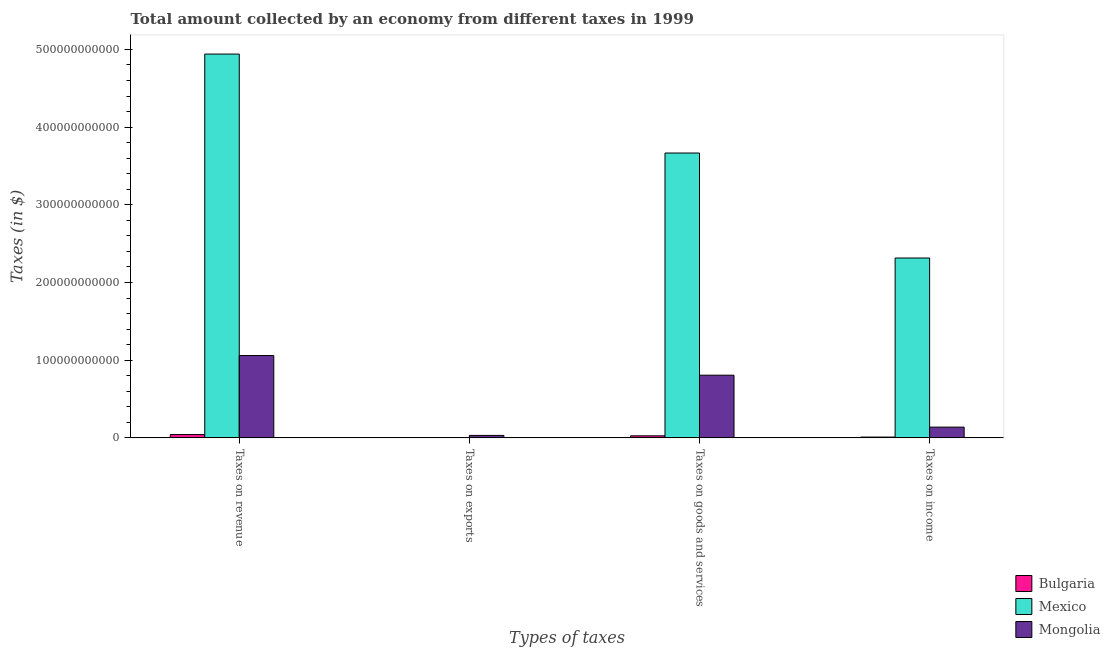
| Types of taxes | Bulgaria | Mexico | Mongolia |
 | --- | --- | --- | --- |
 | Taxes on revenue | 4.26e+09 | 4.94e+11 | 1.06e+11 |
 | Taxes on exports | 6.8e+04 | 1e+06 | 3.16e+09 |
 | Taxes on goods and services | 2.63e+09 | 3.67e+11 | 8.07e+10 |
 | Taxes on income | 1.03e+09 | 2.31e+11 | 1.38e+10 |